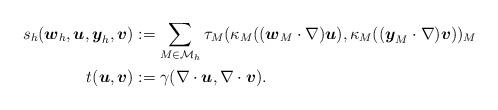
LaTeX: \begin{align*} s_h({\boldsymbol{w}}_h,{\boldsymbol{u}},{\boldsymbol{y}}_h,{\boldsymbol{v}}) &:= \sum_{M\in\mathcal M_h} \tau_M (\kappa_M(({\boldsymbol{w}}_M\cdot\nabla) {\boldsymbol{u}}), \kappa_M(({\boldsymbol{y}}_M\cdot \nabla) {\boldsymbol{v}}))_M \\ t({\boldsymbol{u}},{\boldsymbol{v}}) &:= \gamma (\nabla \cdot {\boldsymbol{u}}, \nabla \cdot{\boldsymbol{v}}).\end{align*}